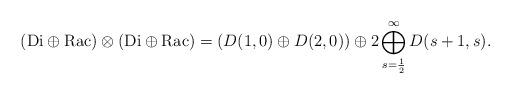
LaTeX: \begin{align*}({\mathrm{Di}}\oplus{\mathrm{Rac}})\otimes({\mathrm{Di}}\oplus{\mathrm{Rac}})=(D(1,0)\oplus D(2,0))\oplus2 \bigoplus_{s=\frac{1}{2}}^\infty D(s+1,s).\end{align*}